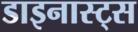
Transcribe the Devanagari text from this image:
डाइनास्ट्स